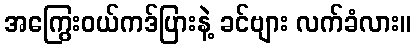
အကြွေးဝယ်ကဒ်ပြားနဲ့ ခင်ဗျား လက်ခံလား။